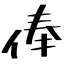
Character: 俸